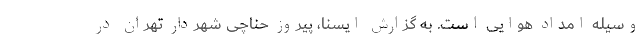
وسیله امداد هوایی است. به گزارش ایسنا، پیروز حناچی شهردار تهران در